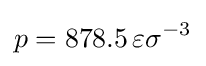
p=878.5\,\varepsilon \sigma ^{-3}